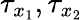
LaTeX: \tau_{x_{1}},\tau_{x_{2}}